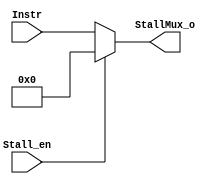
module StallMux(Stall_en,Instr,StallMux_o);
          input Stall_en;
          input[31:0] Instr;
          
          output[31:0] StallMux_o;          

          
          
          assign StallMux_o=Stall_en?0:Instr;
          
          
          
endmodule
//has been reformed.